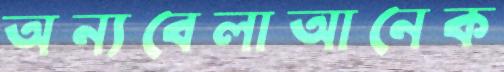
অন্যবেলাআনেক